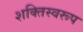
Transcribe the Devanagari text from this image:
शक्तिस्वरूप